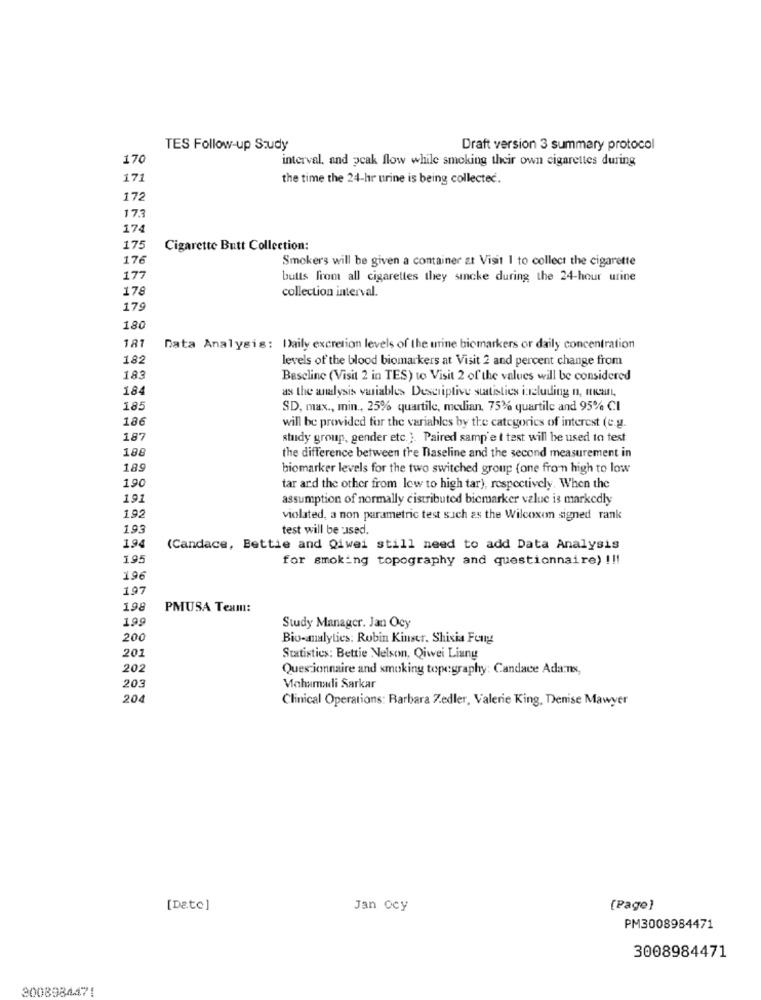
TES Follow-up Study
Draft version 3 summary protocol
170
interval. and peak flow while smoking their own cigarettes during
171
the time the 24-hr urine is being collected.
172
17.3
174
175
Cigarette Butt Collection:
176
Smokers will be given a container at Visit 1 to collect the cigarette
177
butts from all cigarettes they sincke during the 24-hour urine
178
collection interval.
179
180
181
Data Analysis: Daily excretion levels of the urine biomarkers or daily concentration
182
levels of the blood biomarkers at Visit 2 and percent change from
183
Baseline (Visit 2 in TES) to Visit 2 of the values will be considered
184
as the analysis variables Descriptive statistics including n, man,
185
SD, max ., min ., 25% quartile, median. 75% quartile and 95% CI
186
will be provided for the variables by the categories of interest (e.g.
187
study group, gender etc.). Paired samp'e t test will be used to test
188
the difference between the Baseline and the second measurement in
185
biomarker levels for the two switched group (one from high to low
190
tar ard the other from lew to high tar), respectively. When the
191
assumption of normally distributed bicmarker value is markedly
1.92
violated, a non parametric test such as the Wilcoxon signed rank
1.9
test will be used.
194
(Candace, Bettie and Qiwei still need to add Data Analysis
195
for smoking topography and questionnaire) !!!
196
197
198
PMUSA Texm:
195
Study Manager. Jan Ocy
200
Bio-analytics: Robin Kinser. Shisia Feng
201
Statistics: Bettie Nelson, Qiwei Liung
202
Questionnaire and smoking topegraphy: Candace Adans,
203
Vahumadi Sarkar
20
Clinical Operations: Barbara Zedler, Valerie King, Denise Mawyer
[Date]
Jan ocy
[Page]
PM3008984471
3008984471
3008984471